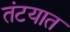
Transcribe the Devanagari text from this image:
तंटयात